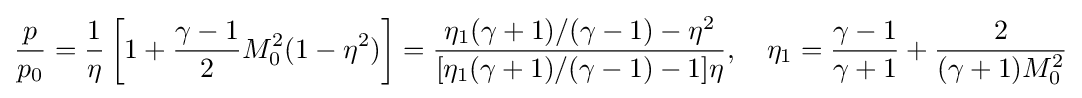
{\frac {p}{p_{0}}}={\frac {1}{\eta }}\left[1+{\frac {\gamma -1}{2}}M_{0}^{2}(1-\eta ^{2})\right]={\frac {\eta _{1}(\gamma +1)/(\gamma -1)-\eta ^{2}}{[\eta _{1}(\gamma +1)/(\gamma -1)-1]\eta }},\quad \eta _{1}={\frac {\gamma -1}{\gamma +1}}+{\frac {2}{(\gamma +1)M_{0}^{2}}}